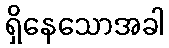
ရှိနေသောအခါ